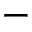
-